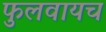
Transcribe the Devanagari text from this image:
फुलवायच